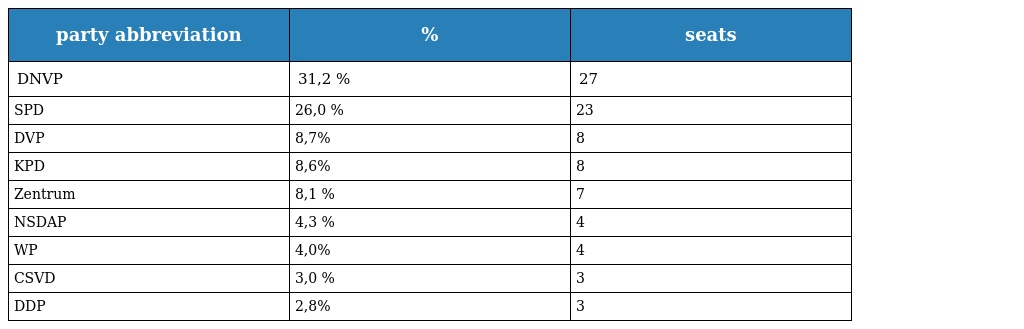
| party abbreviation | % | seats |
 | --- | --- | --- |
 | DNVP | 31,2 % | 27 |
 | SPD | 26,0 % | 23 |
 | DVP | 8,7% | 8 |
 | KPD | 8,6% | 8 |
 | Zentrum | 8,1 % | 7 |
 | NSDAP | 4,3 % | 4 |
 | WP | 4,0% | 4 |
 | CSVD | 3,0 % | 3 |
 | DDP | 2,8% | 3 |